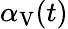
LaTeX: \alpha_{\mathrm{V}}(t)